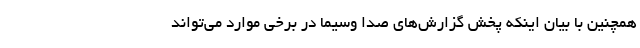
همچنین با بیان اینکه پخش گزارش‌های صدا وسیما در برخی موارد می‌تواند